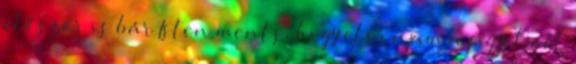
először is bár Isten ments, hogy elvonjam a figyelmét